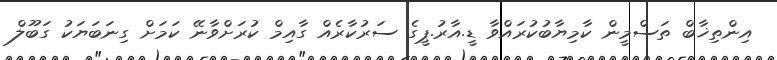
އިންތިޚާބް ތަސްމީން ކާމިޔާބުކުރައްވާ ޑީ.އާރު.ޕީގެ ސަރުކާރެއް ގާއިމް ކުރަށްވާނޭ ކަމަށް ގިނަބަޔަކު ގަބޫލް